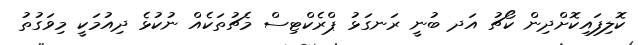
ކޮލިފައިކޮށްދިން ކޯޗު އަދ ބުނީ ރަނގަޅު ޕްރެކްޓިސް މެޗުތަކެއް ނުކުޅެ ދިއުމަކީ މިވަގުތު